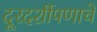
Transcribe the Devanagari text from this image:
दूरदर्शीपणाचे